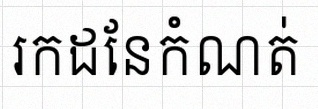
រកដែនកំណត់